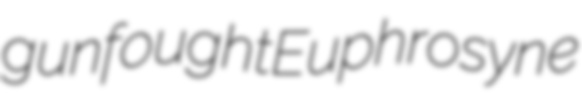
gunfought Euphrosyne